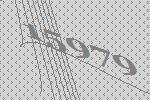
15979